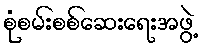
စုံစမ်းစစ်ဆေးရေးအဖွဲ့